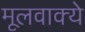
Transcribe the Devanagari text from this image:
मूलवाक्ये